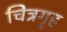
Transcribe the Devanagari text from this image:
चित्रगॄह